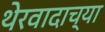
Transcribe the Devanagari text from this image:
थेरवादाच्या